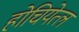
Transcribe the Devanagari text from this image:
होचियेत्ल